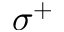
\sigma ^ { + }